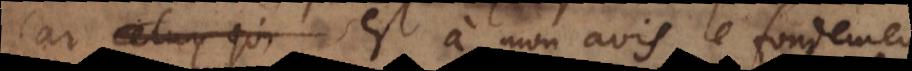
Car celuy qui est à mon avis le fondemen